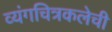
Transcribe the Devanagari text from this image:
व्यंगचित्रकलेची